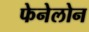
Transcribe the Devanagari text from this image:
फेनेलोन